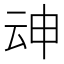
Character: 𱰦